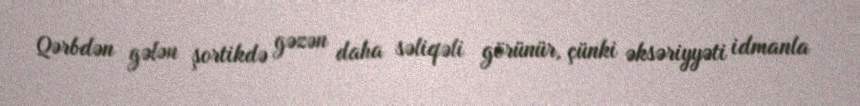
Qərbdən gələn şortikdə gəzən daha səliqəli görünür, çünki əksəriyyəti idmanla